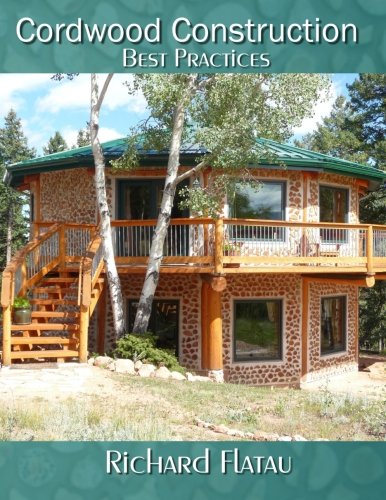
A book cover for Cordwood Construction Best Practices; Richard Flatau; Crafts, Hobbies & Home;